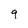
Character: 9